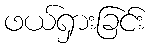
ဖယ်ရှားခြင်း